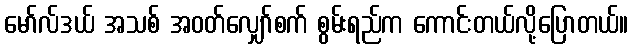
မော်လ်ဒယ် အသစ် အဝတ်လျှော်စက် စွမ်းရည်က ကောင်းတယ်လို့ပြောတယ်။